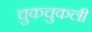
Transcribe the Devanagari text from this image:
चुकचुकली